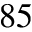
^ { 8 5 }